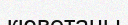
кюветаны